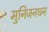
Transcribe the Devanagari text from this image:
मुनिजनधन